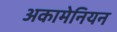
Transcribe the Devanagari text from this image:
अकामेनियन